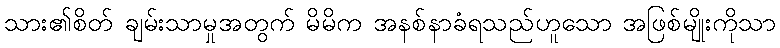
သား၏စိတ် ချမ်းသာမှုအတွက် မိမိက အနစ်နာခံရသည်ဟူသော အဖြစ်မျိုးကိုသာ